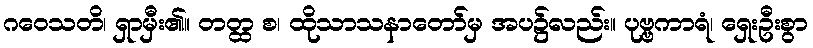
ဂဝေသတိ၊ ရှာမှီး၏။ တတ္ထ စ၊ ထိုသာသနာတော်မှ အပ၌လည်း။ ပုဗ္ဗကာရံ၊ ရှေးဦးစွာ